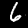
Label: 6